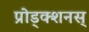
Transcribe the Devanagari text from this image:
प्रोड्क्शनस्